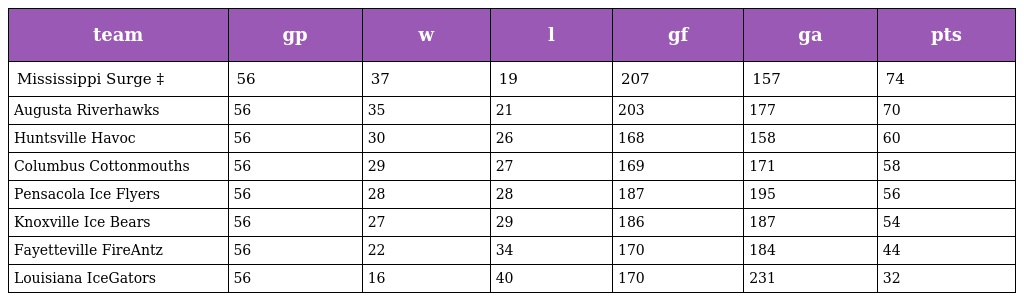
| team | gp | w | l | gf | ga | pts |
 | --- | --- | --- | --- | --- | --- | --- |
 | Mississippi Surge ‡ | 56 | 37 | 19 | 207 | 157 | 74 |
 | Augusta Riverhawks | 56 | 35 | 21 | 203 | 177 | 70 |
 | Huntsville Havoc | 56 | 30 | 26 | 168 | 158 | 60 |
 | Columbus Cottonmouths | 56 | 29 | 27 | 169 | 171 | 58 |
 | Pensacola Ice Flyers | 56 | 28 | 28 | 187 | 195 | 56 |
 | Knoxville Ice Bears | 56 | 27 | 29 | 186 | 187 | 54 |
 | Fayetteville FireAntz | 56 | 22 | 34 | 170 | 184 | 44 |
 | Louisiana IceGators | 56 | 16 | 40 | 170 | 231 | 32 |